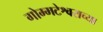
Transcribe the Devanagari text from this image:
गोम्मटेश्वराच्या